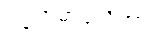
ပဗ္ဗတမာဝသိတွာ